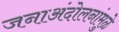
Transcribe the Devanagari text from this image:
जनाअंदोलनांमुळे